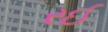
રઈ